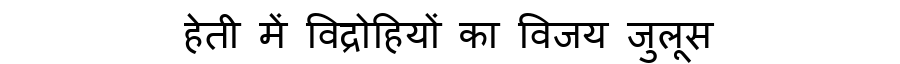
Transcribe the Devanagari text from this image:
हेती में विद्रोहियों का विजय जुलूस